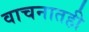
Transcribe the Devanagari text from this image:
वाचनातही